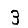
Digit: 3